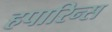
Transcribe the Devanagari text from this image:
हपारिन्स